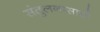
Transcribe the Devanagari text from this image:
संतुलनासाठी